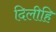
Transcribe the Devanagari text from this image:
दिलीहि